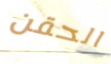
الحقن